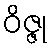
ဝိဇ္ဇု